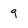
Character: 9